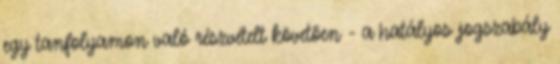
egy tanfolyamon való részvételt követõen - a hatályos jogszabály